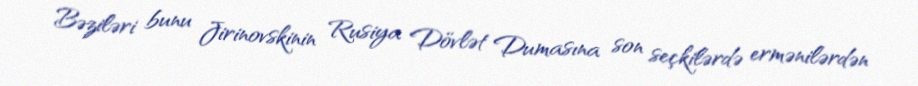
Bəziləri bunu Jirinovskinin Rusiya Dövlət Dumasına son seçkilərdə ermənilərdən